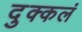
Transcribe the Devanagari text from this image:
दुक्कलं